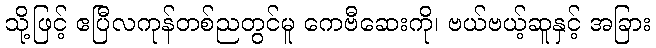
သို့ဖြင့် ဧပြီလကုန်တစ်ညတွင်မူ ကေဗီဆေးကို၊ ဗယ်ဗယ့်ဆူနှင့် အခြား